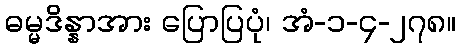
ဓမ္မဒိန္နာအား ပြောပြပုံ၊ အံ-၁-၄-၂၇၈။